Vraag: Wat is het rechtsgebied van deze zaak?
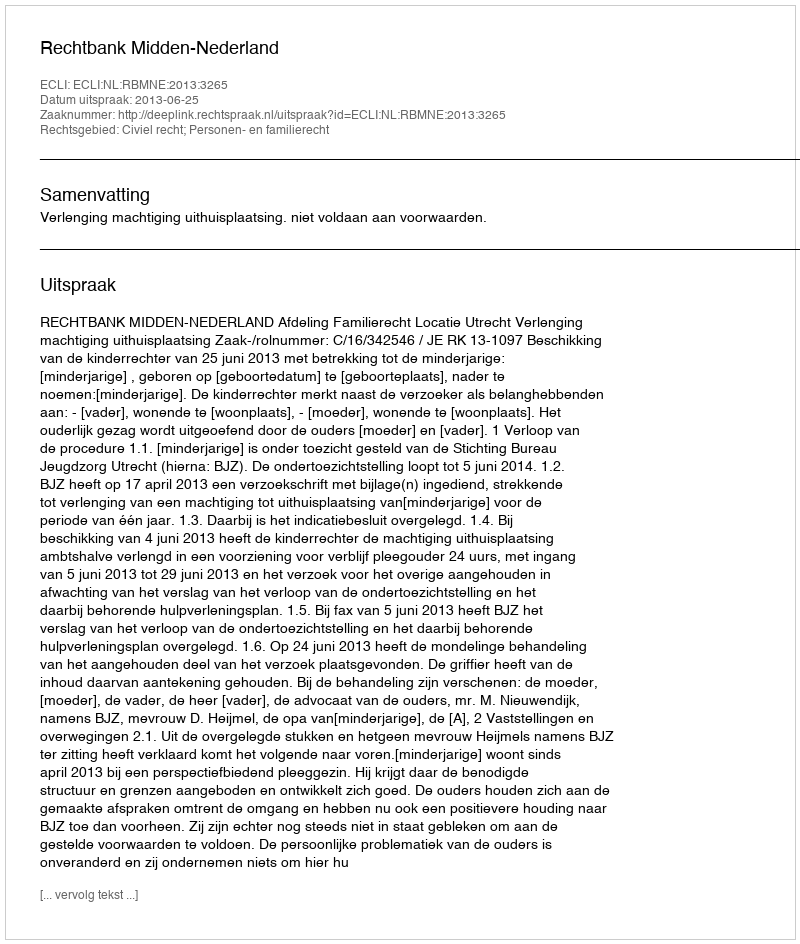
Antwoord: Civiel recht; Personen- en familierecht